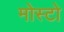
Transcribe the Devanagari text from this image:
मोस्टो